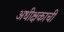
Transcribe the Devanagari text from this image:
अधीक्षकाची